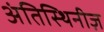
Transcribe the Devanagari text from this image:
अंतिस्थिनीज़